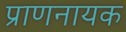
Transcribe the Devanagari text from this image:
प्राणनायक